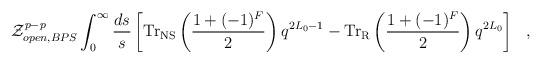
LaTeX: \begin{align*}{\cal Z}_{open,BPS}^{p-p}\int_0^\infty\frac{ds}{s}\left[{\rm Tr}_{\rm NS}\left(\frac{1+(-1)^F}{2}\right)q^{2L_0-1} - {\rm Tr}_{\rm R}\left(\frac{1+(-1)^F}{2}\right)q^{2L_0} \right]~~,\end{align*}